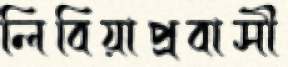
লিবিয়াপ্রবাসী